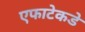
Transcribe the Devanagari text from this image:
एफाटेकडे